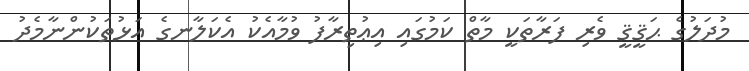
މުދަލުގެ ޙަޤީޤީ ވެރި ފަރާތަކީ މާތް ކަމުގައި އިޢުތިރާފު ވުމާއެކު އެކަލާނގެ އަޅުތަކުންނާމެދު